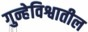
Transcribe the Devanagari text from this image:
गुन्हेविश्वातील